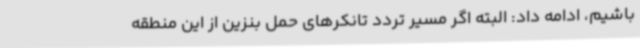
باشیم، ادامه داد: البته اگر مسیر تردد تانکرهای حمل بنزین از این منطقه